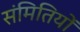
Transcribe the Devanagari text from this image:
संमितियों